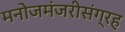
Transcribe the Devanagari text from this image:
मनोजमंजरीसंग्रह